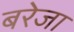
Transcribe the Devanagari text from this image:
बरेजा